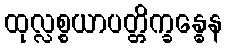
ထုလ္လစ္စယာပတ္တိက္ခန္ဓေန